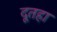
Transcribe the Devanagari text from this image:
दूतहा